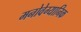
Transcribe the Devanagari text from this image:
मनोवेग्यानिक